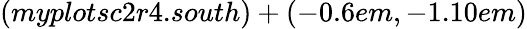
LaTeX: (myplotsc2r4.south)+(-0.6em,-1.10em)